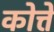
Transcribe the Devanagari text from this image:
कोत्ते